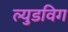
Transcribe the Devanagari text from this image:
ल्युडविग